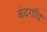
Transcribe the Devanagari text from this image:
बंदगाँव